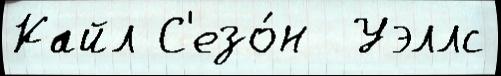
Кайл С'езо́н  Уэллс